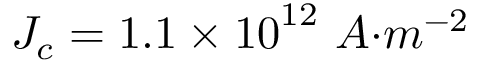
J _ { { c } } = 1 . 1 \times { 1 0 } ^ { 1 2 } { \ A } { { { · } } { m } } ^ { { - 2 } }